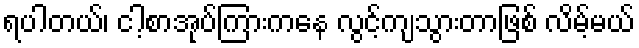
ရပါတယ်၊ ငါ့စာအုပ်ကြားကနေ လွင့်ကျသွားတာဖြစ် လိမ့်မယ်